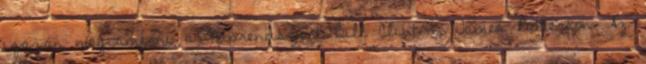
igazán megismerni a Naprendszert Bill Clinton, James Patterson Az